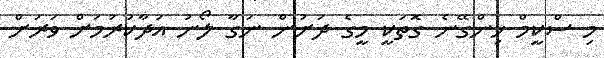
މި ސްކީމް ހިންގޭނެ ގޮތަކީ މީގެ ދަށުން ނަގާ ލޯނު އަދާކުރުމަށް ވަރަށް